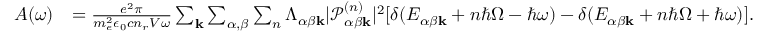
\begin{array} { r l } { A ( \omega ) } & { = \frac { e ^ { 2 } \pi } { m _ { e } ^ { 2 } \epsilon _ { 0 } c n _ { r } V \omega } \sum _ { \mathbf { k } } \sum _ { \alpha , \beta } \sum _ { n } \Lambda _ { \alpha \beta \mathbf { k } } | \mathcal { P } _ { \alpha \beta \mathbf { k } } ^ { ( n ) } | ^ { 2 } [ \delta ( E _ { \alpha \beta \mathbf { k } } + n \hbar \Omega - \hbar \omega ) - \delta ( E _ { \alpha \beta \mathbf { k } } + n \hbar \Omega + \hbar \omega ) ] . } \end{array}